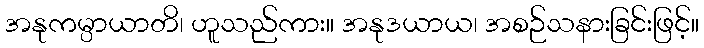
အနုကမ္ပာယာတိ၊ ဟူသည်ကား။ အနုဒယာယ၊ အစဉ်သနားခြင်းဖြင့်။